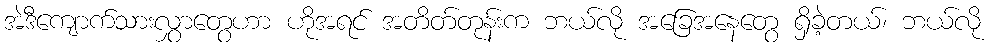
အဲဒီကျောက်သားလွှာတွေဟာ ဟိုအရင် အတိတ်တုန်းက ဘယ်လို အခြေအနေတွေ ရှိခဲ့တယ်၊ ဘယ်လို